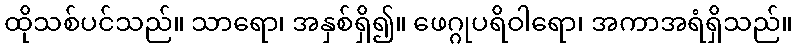
ထိုသစ်ပင်သည်။ သာရော၊ အနှစ်ရှိ၍။ ဖေဂ္ဂုပရိဝါရော၊ အကာအရံရှိသည်။